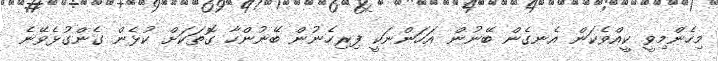
މިހެންމިވީ ކީއްވެކަން އެނގެން ބޭނުން އަހަންނަކީ ފިރިހެނުން ބޭނުންހާ ގޮތަކަށް ކުޅެން ގެންގުޅެވޭނެ